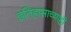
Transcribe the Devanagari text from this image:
इतिहासाच्याही